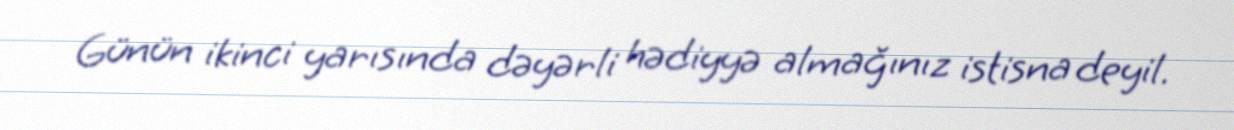
Günün ikinci yarısında dəyərli hədiyyə almağınız istisna deyil.